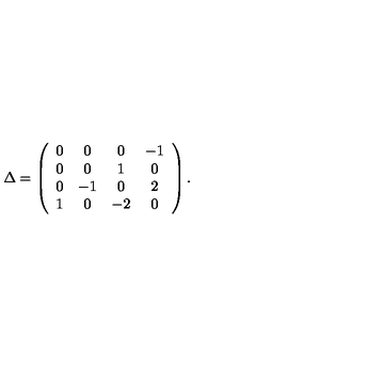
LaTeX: \Delta = \left( \begin{array} { c c c c } { 0 } & { 0 } & { 0 } & { - 1 } \\ { 0 } & { 0 } & { 1 } & { 0 } \\ { 0 } & { - 1 } & { 0 } & { 2 } \\ { 1 } & { 0 } & { - 2 } & { 0 } \\ \end{array} \right) .